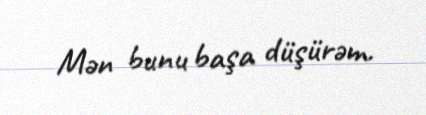
Mən bunu başa düşürəm.